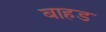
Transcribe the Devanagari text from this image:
बाहड